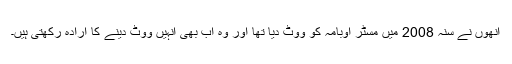
اُنھوں نے سنہ 2008 میں مسٹر اوبامہ کو ووٹ دیا تھا اور وہ اب بھی انہیں ووٹ دینے کا ارادہ رکھتی ہیں۔